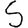
Digit: 5